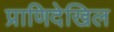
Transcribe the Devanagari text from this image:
प्राणिदेखिल